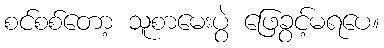
စင်စစ်တော့ သူစာမေးပွဲ ဖြေခွင့်မရပေ။